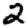
Digit: 2